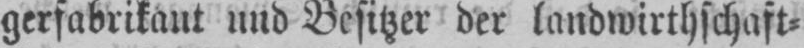
gerfabrikant und Besitzer der landwirthschaft⸗